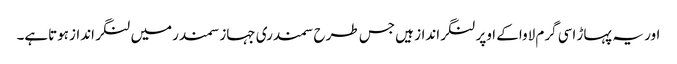
اور یہ پہاڑ اسی گرم لاواکے اوپر لنگرانداز ہیں جس طرح سمندری جہازسمندرمیں لنگر اندازہوتاہے۔